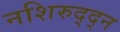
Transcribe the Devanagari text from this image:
नशिरुद्द्न